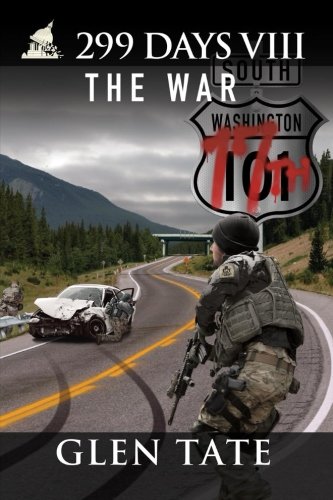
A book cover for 299 Days: The War (Volume 8); Glen Tate; Science Fiction & Fantasy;